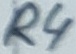
Text: R4